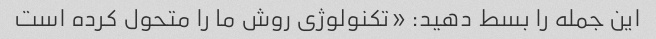
این جمله را بسط دهید: «تکنولوژی روش ما را متحول کرده است